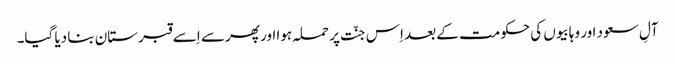
آلِ سعود اور وہابیوں کی حکومت کے بعد اِس جنّت پر حملہ ہوا اور پھر سے اِسے قبرستان بنا دیا گیا۔